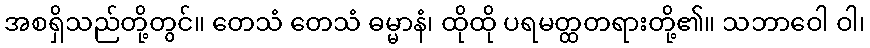
အစရှိသည်တို့တွင်။ တေသံ တေသံ ဓမ္မာနံ၊ ထိုထို ပရမတ္ထတရားတို့၏။ သဘာဝေါ ဝါ၊